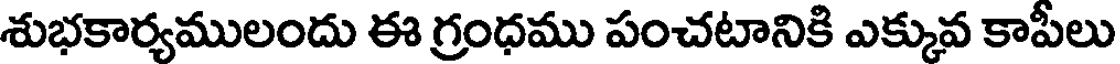
శుభకార్యములందు ఈ గ్రంధము పంచటానికి ఎక్కువ కాపీలు